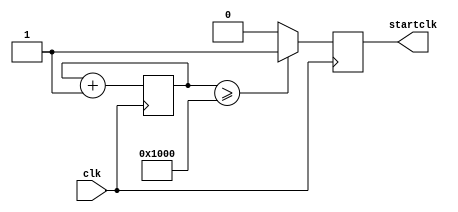
`timescale 1ns / 1ps
//////////////////////////////////////////////////////////////////////////////////
// Company: 
// Engineer: 
// 
// Design Name: 
// Module Name:    startclk 
// Project Name: 
// Target Devices: 
// Tool versions: 
// Description: 
//
// Dependencies: 
//
// Revision: 
// Revision 0.01 - File Created
// Additional Comments: 
//
//////////////////////////////////////////////////////////////////////////////////
module startclk(input clk,output reg startclk
    );




reg [12:0] count;
initial begin

count =0; end

always@(posedge clk)
begin

		if(count >=13'b1000000000000)
		startclk = 1;
		else startclk=0;
		count = count + 1'b1;			
		

end



endmodule
/*integer count;

always@(posedge clk)
begin
count = count + 1;
if(count <4194304)
startclk = 0;
else if(count>=4194304 && count<8388608)
	  startclk = 1;
	  else
	  count =0;
			

end
endmodule*/